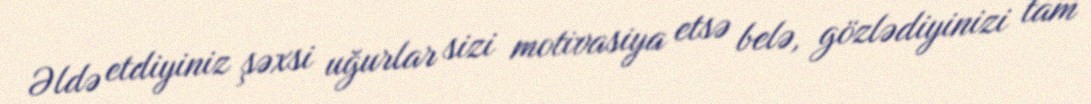
Əldə etdiyiniz şəxsi uğurlar sizi motivasiya etsə belə, gözlədiyinizi tam